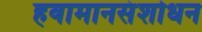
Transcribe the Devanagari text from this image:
हवामानसंशोधन